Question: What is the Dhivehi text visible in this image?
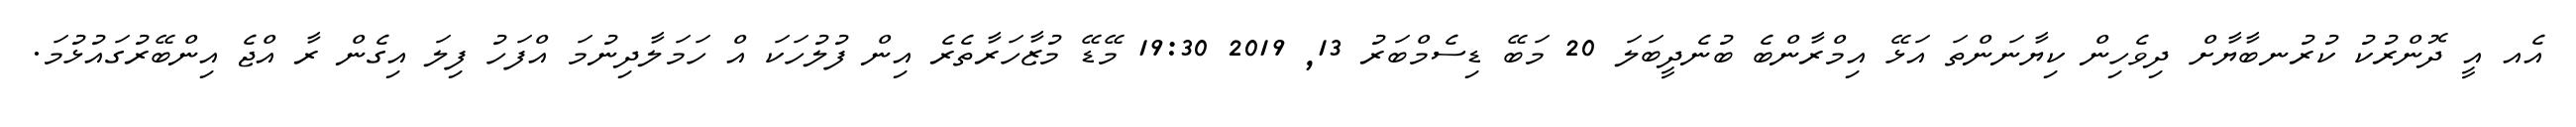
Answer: އެއ އީ ދޮންރުކު ކުރުނބާޔާށް ދިވެހިން ކިޔާނަންތަ އަޅޭ އިމްރާންބެ ބުނެދީބަލަ 20 މަބޭ ޑިސެމްބަރު 13, 2019 19:30 މޭޑޭ މުޒާހަރާތެރެ އިން ފުލުހަކަ އް ހަމަލާދިނުމަ އްފަހު ފިލަ އިގެން ރާ އްޖެ އިންބޭރުގައުޅުމަ.